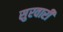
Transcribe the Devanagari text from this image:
सुरवारी